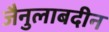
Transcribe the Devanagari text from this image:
जैनुलाबदीन